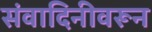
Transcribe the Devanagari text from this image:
संवादिनीवरून